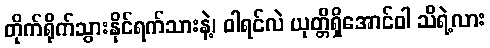
တိုက်ရိုက်သွားနိုင်ရက်သားနဲ့၊ ဝါရင်လဲ ယုတ္တိရှိအောင်ဝါ သိရဲ့လား